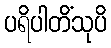
ပရိပါတိံသုပိ